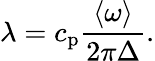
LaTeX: \lambda=c_{\mathrm{p}}\frac{\langle\omega\rangle}{2\pi\Delta}.